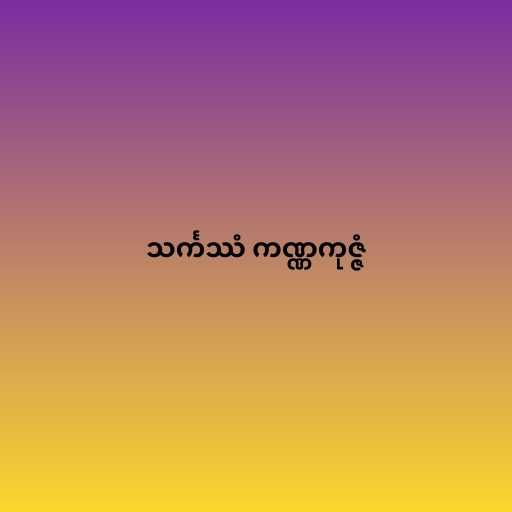
သင်္ကဿံ ကဏ္ဏကုဇ္ဇံ